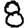
Digit: 8